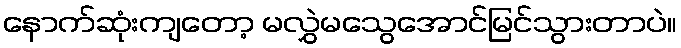
နောက်ဆုံးကျတော့ မလွှဲမသွေအောင်မြင်သွားတာပဲ။